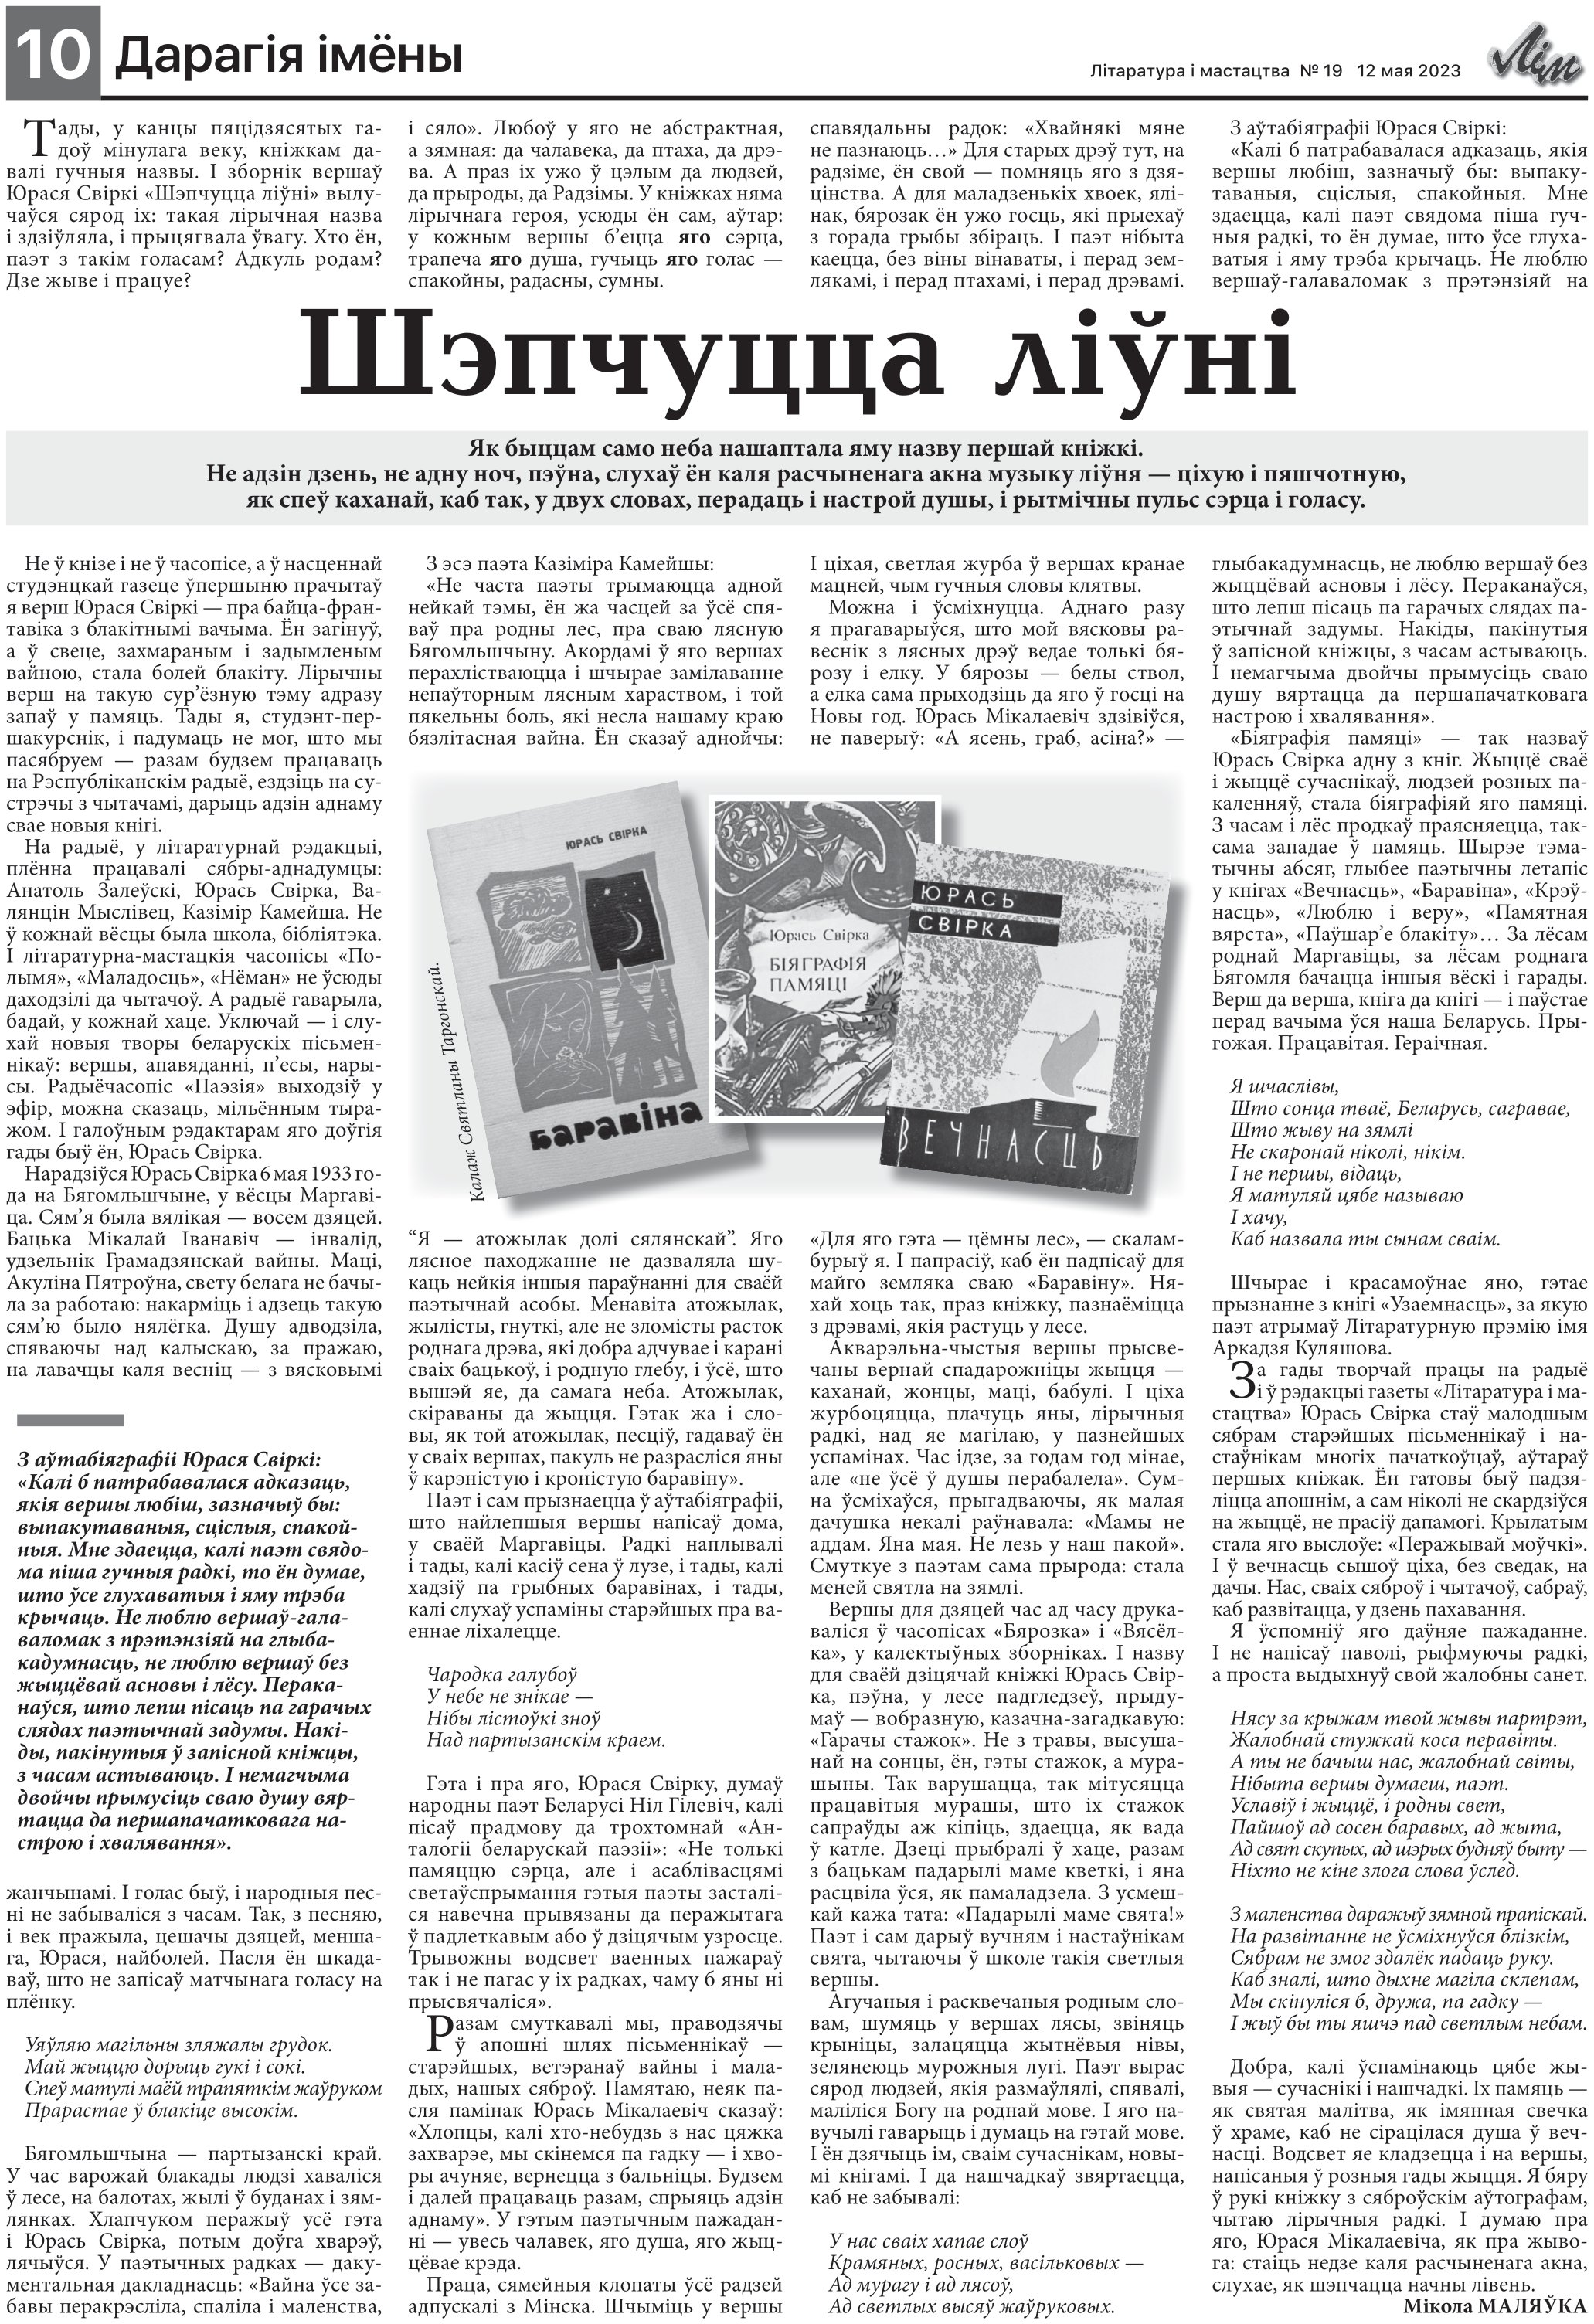
Language: be